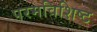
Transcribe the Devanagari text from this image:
परमविशिष्ट